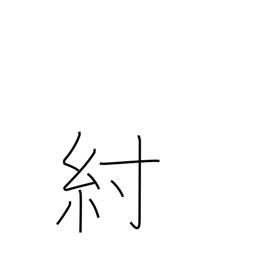
Meaning: harness strap